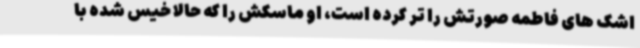
اشک های فاطمه صورتش را تر کرده است، او ماسکش را که حالا خیس شده با